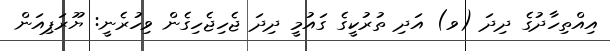
އިއްތިހާދުގެ ދިދަ (ވ) އަދި ތުރުކީގެ ގައުމީ ދިދަ ޖެހިޖެހިގެން ވިހުރެނީ: ޔޫރަޕިއަން